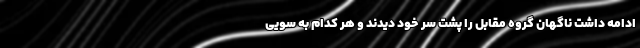
ادامه داشت ناگهان گروه مقابل را پشت سر خود دیدند و هر کدام به سویی